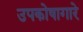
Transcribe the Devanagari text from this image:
उपकोषागारे